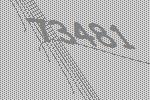
73481